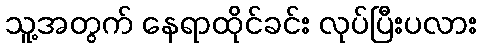
သူ့အတွက် နေရာထိုင်ခင်း လုပ်ပြီးပလား